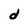
Character: d